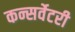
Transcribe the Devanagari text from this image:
कन्सर्वेटरी